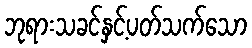
ဘုရားသခင်နှင့်ပတ်သက်သော